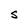
Character: s